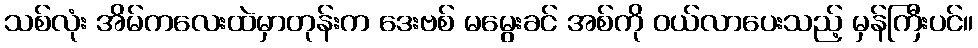
သစ်လုံး အိမ်ကလေးထဲမှာတုန်းက ဒေးဗစ် မမွေးခင် အစ်ကို ဝယ်လာပေးသည့် မှန်ကြီးပင်။